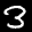
Label: 3